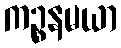
ကဉ္စနမယာ